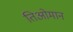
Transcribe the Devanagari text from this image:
तिओमान